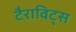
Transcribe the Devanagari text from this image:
टैराविट्स